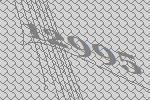
12995